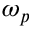
\omega _ { p }